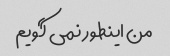
من اینطور نمی گویم